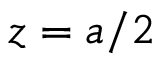
z = a / 2